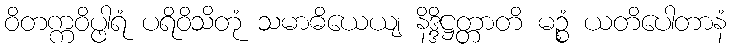
ဝိတက္ကဝိပ္ဖါရံ ပရိဝိသိတုံ သမာဓိယေယျ နိဒ္ဒိဋ္ဌတ္တာတိ မဉ္စံ ယတိပေါတာနံ